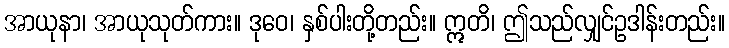
အာယုနာ၊ အာယုသုတ်ကား။ ဒုဝေ၊ နှစ်ပါးတို့တည်း။ ဣတိ၊ ဤသည်လျှင်ဥဒါန်းတည်း။